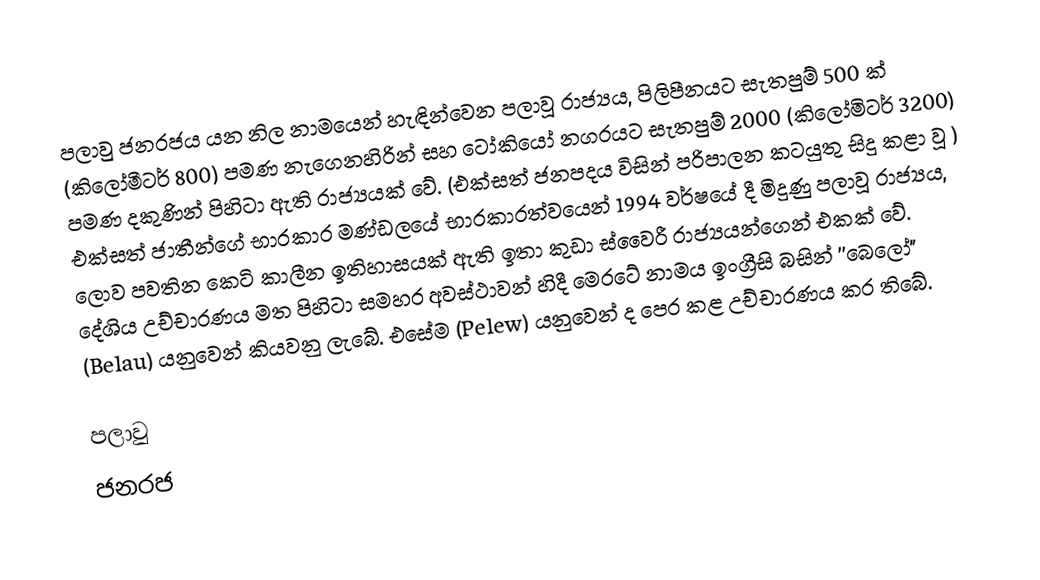
පලාවු ජනරජය යන නිල නාමයෙන් හැඳින්වෙන පලාවූ රාජ්‍යය, පිලිපීනයට සැතපුම් 500 ක් (කිලෝමීටර් 800) පමණ නැගෙනහිරින් සහ ටෝකියෝ නගරයට සැතපුම් 2000 (කිලෝමිටර් 3200) පමණ දකුණින් පිහිටා ඇති රාජ්‍යයක් ‍වේ. (එක්සත් ජනපදය විසින් පරිපාලන කටයුතු සිදු කළා වූ ) එක්සත් ජාතීන්ගේ භාරකාර මණ්ඩලයේ භාරකාරත්වයෙන් 1994 වර්ෂයේ දී මිදුණු පලාවූ රාජ්‍යය, ලොව පවතින කෙටි කාලීන ඉතිහාසයක් ඇති ඉතා කුඩා ස්වෛරී ‍රාජ්‍යයන්ගෙන් එකක් වේ. දේශිය උච්චාරණය මත පිහිටා සමහර අවස්ථාවන් හිදී මෙරටේ නාමය ඉංග්‍රීසි බසින් ''බෙලෝ" (Belau) යනුවෙන් කියවනු ලැබේ. එසේම (Pelew) යනුවෙන් ද පෙර කළ උච්චාරණය කර තිබේ.

පලාවු
ජනරජ